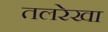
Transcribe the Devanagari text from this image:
तलरेखा